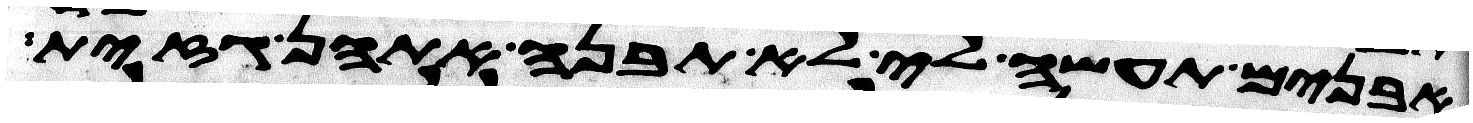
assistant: אבנים תעשה לי לא תבנה אתהן גזית